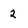
Character: 2